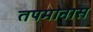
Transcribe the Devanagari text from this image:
तपमानास